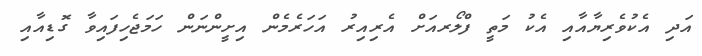
އަދި އެކުވެރިޔާއާއި އެކު މަތީ ފްލޯރއަށް އެރިއިރު އަހަރެމެން އިށީންނަން ހަމަޖެހިފައިވާ ގޮޑިއާއި